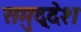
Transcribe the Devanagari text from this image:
समुद्देश